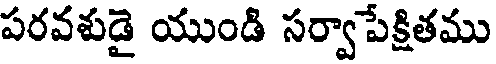
పరవశుడై యుండి సర్వాపేక్షితము